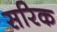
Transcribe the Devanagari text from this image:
सरिक